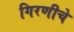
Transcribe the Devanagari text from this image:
गिरणीचे